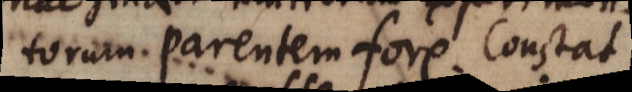
torum parentem fore. Constat